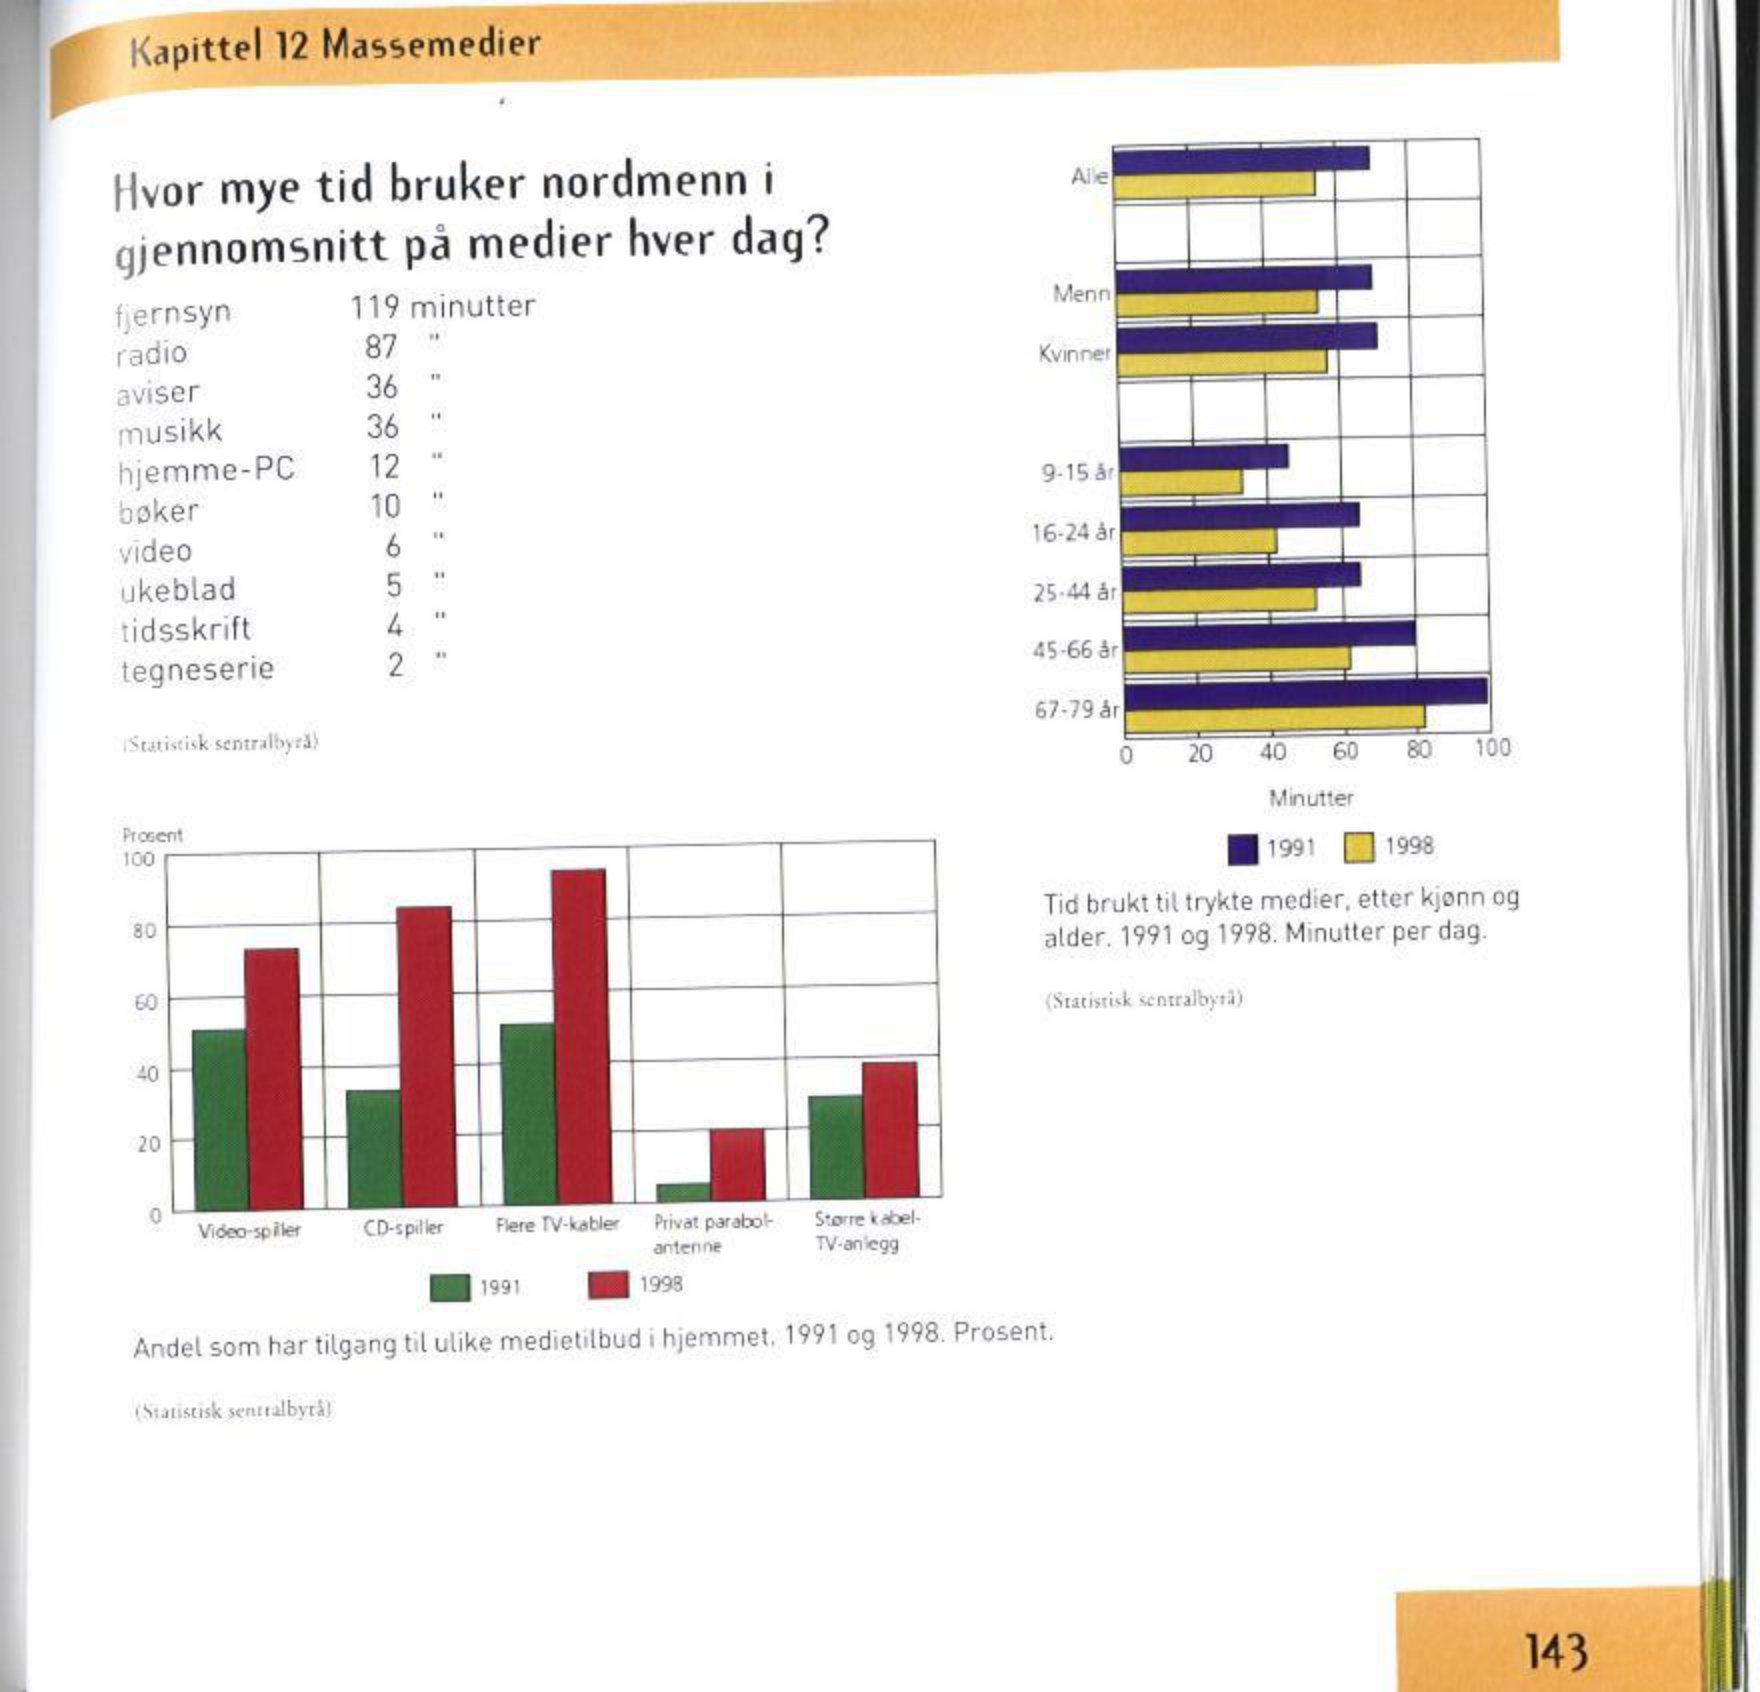
Language: no